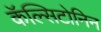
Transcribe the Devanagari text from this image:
कॅल्सिटोनिन